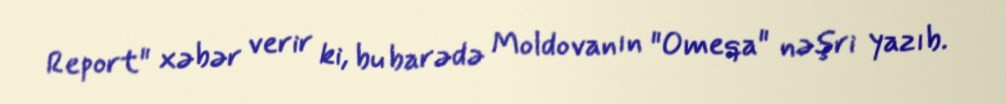
Report" xəbər verir ki, bu barədə Moldovanın "Omeqa" nəşri yazıb.